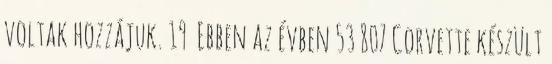
voltak hozzájuk. 19 Ebben az évben 53 807 Corvette készült